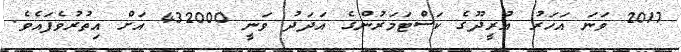
2017 ވަނަ އަހަރު އުރީދޫގެ ކަސްޓަމަރުންގެ އަދަދު ވަނީ 432000 އަށް އިތުރުވެފައެވެ.